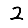
Digit: 2